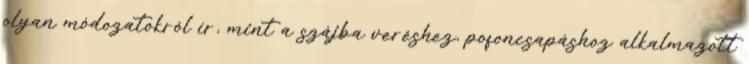
olyan módozatokról ír, mint a szájba veréshez, pofoncsapáshoz alkalmazott